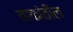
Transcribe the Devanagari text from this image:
चाकांतील